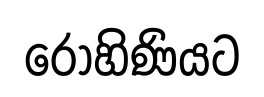
රෝහිණියට